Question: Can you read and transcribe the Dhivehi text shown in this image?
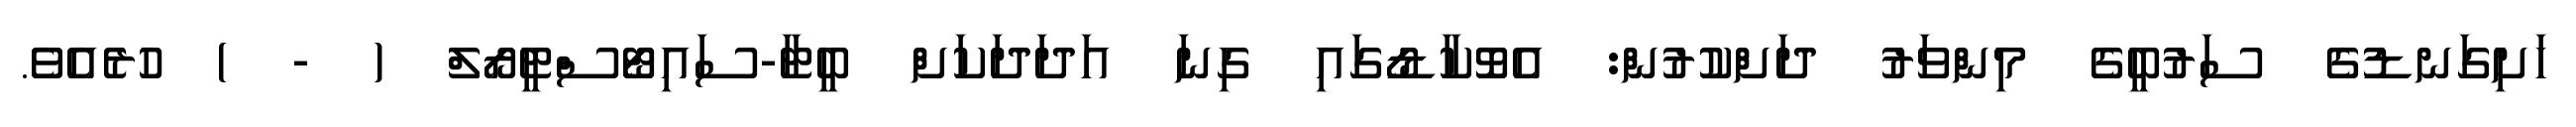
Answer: ހަށިގަނޑުގެ ސަރުބީގެ މިންވަރު ދަށްކުރުން: އެވޮކާޑޯގައި ގިނަ އަދަދަކަށް ބީޓާ-ސައިޓޯސްޓީރޯލް ( - ) ހުރެއެވެ.